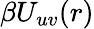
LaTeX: \beta U_{uv}(r)